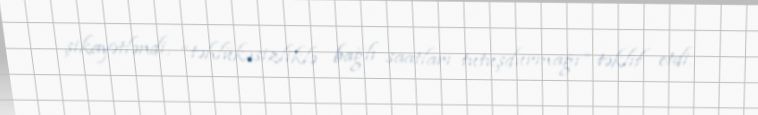
şikayətləndi, “təhlükəsizliklə bağlı saatları tutuşdurmağı” təklif etdi.